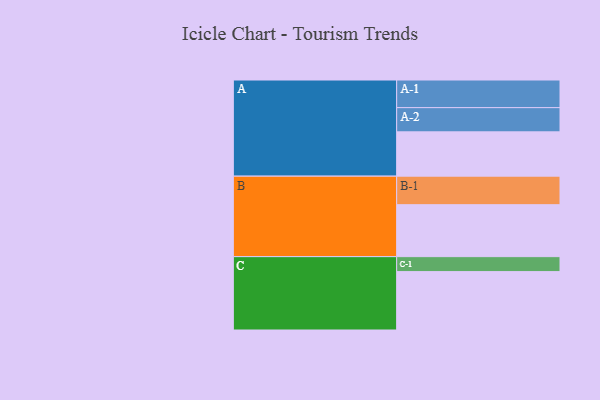
{"axis": {"x": "Segment", "y": "Value"}, "legend": ["", "A", "B", "C"], "data": [{"x": "A", "y": 441, "type": ""}, {"x": "B", "y": 517, "type": ""}, {"x": "C", "y": 581, "type": ""}, {"x": "A-1", "y": 275, "type": "A"}, {"x": "A-2", "y": 241, "type": "A"}, {"x": "B-1", "y": 284, "type": "B"}, {"x": "C-1", "y": 149, "type": "C"}]}